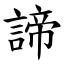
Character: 諦